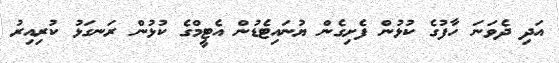
އަދި ދެވަނަ ހާފުގެ ކުޅުން ފެށިގެން ޔުނައިޓެޑުން އެޓީމްގެ ކުޅުން ރަނގަޅު ކުރިއިރު